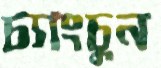
চ্যাংচুন